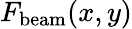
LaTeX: F_{\mathrm{beam}}(x,y)